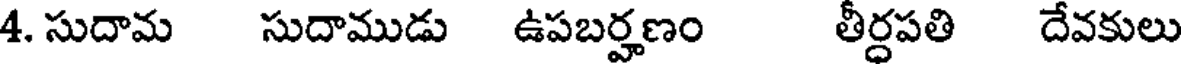
4. సుదామ సుదాముడు ఉపబర్హణం తీర్ధపతి దేవకులు